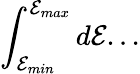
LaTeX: \int_{\mathcal{E}_{min}}^{\mathcal{E}_{max}}d\mathcal{E}...